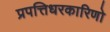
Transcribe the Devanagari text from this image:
प्रपत्तिधरकारिणो